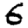
Digit: 6